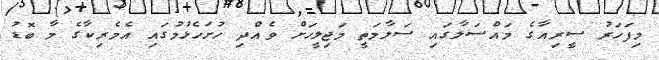
މިފަހަރު ސީރިއާގެ މައްސަލާގައި ސަލާމަތީ މަޖިލީހަށް ވެއްދި ހުށަހެޅުމުގައި އެމެރިކާގެ މާ ބޮޑު